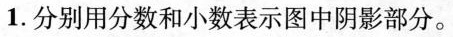
1.分别用分数和小数表示图中阴影部分。